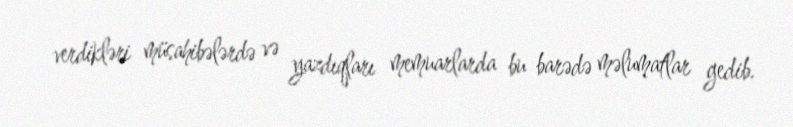
verdikləri müsahibələrdə və yazdıqları memuarlarda bu barədə məlumatlar gedib.